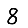
Digit: 8